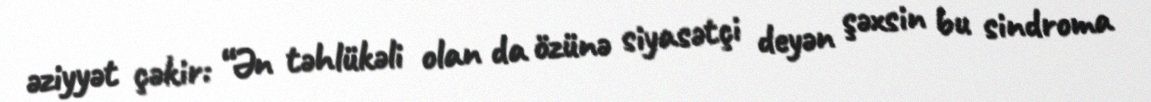
əziyyət çəkir: “Ən təhlükəli olan da özünə siyasətçi deyən şəxsin bu sindroma